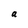
Character: a